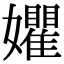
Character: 㜹